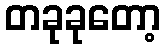
တခုခုတော့